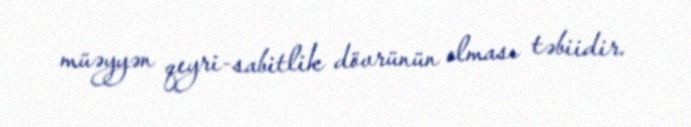
müəyyən qeyri-sabitlik dövrünün olması təbiidir.